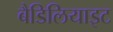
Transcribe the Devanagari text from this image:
बैडिलियाइट